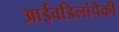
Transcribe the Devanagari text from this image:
आईवडिलांपैकी